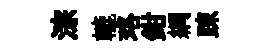
淙轆珞鉗綱踈